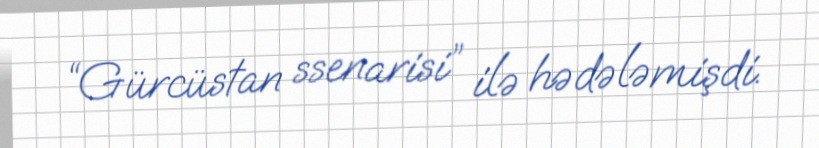
“Gürcüstan ssenarisi” ilə hədələmişdi.